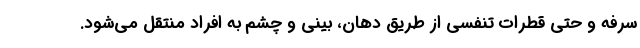
سرفه و حتی قطرات تنفسی از طریق دهان، بینی و چشم به افراد منتقل می‌شود.